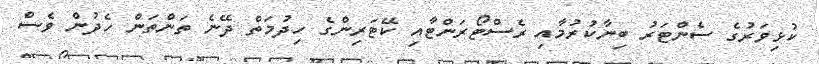
ކުޅިވަރުގެ ސެންޓަރު ބިނާކުރުމާއި ރެސްޓޯރަންޓާއި ކޭޓަރިންގެ ހިދުމަތް ދޭނެ ތަންތަން ހެދުން ވެސް